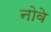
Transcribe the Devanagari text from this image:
नोवे